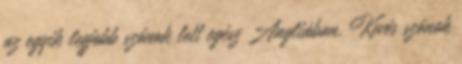
az egyik legjobb szónok lett egész Angliában. Kevés szónok